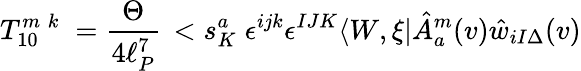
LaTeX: T_{10}^{m\; k}\; =\frac{\Theta}{4\ell_{P}^{7}}\, <s_{K}^{a}\; \epsilon^{ijk}\epsilon^{IJK}\langle W,\xi|\hat{A}_{a}^{m}(v)\hat{w}_{iI\Delta}(v)